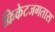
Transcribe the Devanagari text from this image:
क्रिकेटजगतास